Report of the Indian Hemp Drugs Commission, 1894-1895 - Volume VIII
Year: 1894
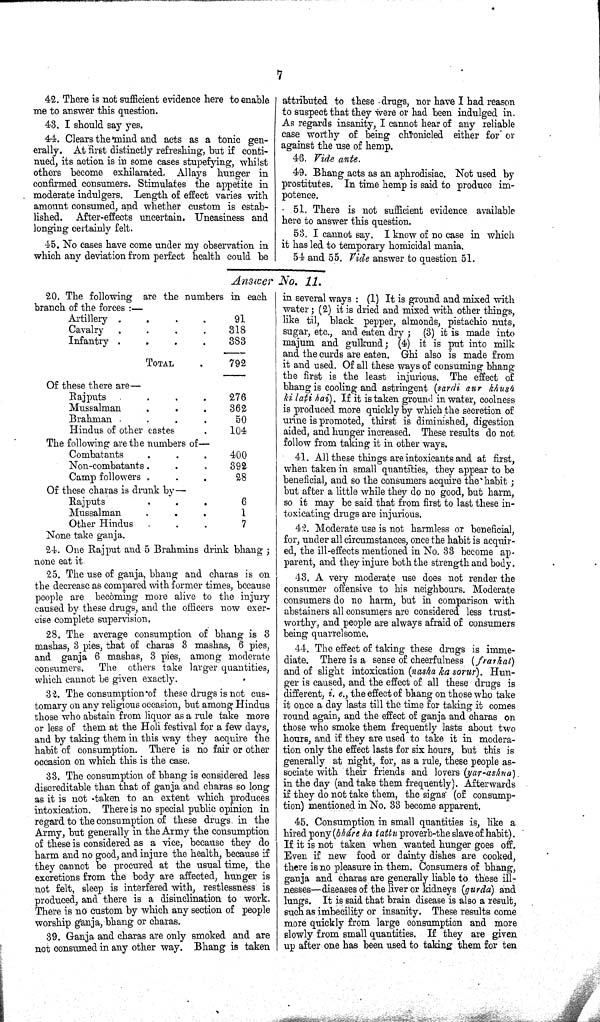
7
42. There is not sufficient evidence here to enable
me to answer this question.
43. I should say yes.
44. Clears the mind and acts as a tonic gen-
erally. At first distinctly refreshing, but if conti-
nued, its action is in some cases stupefying, whilst
others become exhilarated. Allays hunger in
confirmed consumers. Stimulates the appetite in
moderate indulgers. Length of effect varies with
amount consumed, and whether custom is estab-
lished. After-effects uncertain. Uneasiness and
longing certainly felt.
45. No cases have come under my observation in
which any deviation from perfect health could be
attributed to these drugs, nor have I had reason
to suspect that they were or had been indulged in.
As regards insanity, I cannot hear of any reliable
case worthy of being chronicled either for or
against the use of hemp.
46. Vide ante.
49. Bhang acts as an aphrodisiac. Not used by
prostitutes. In time hemp is said to produce im-
potence.
51. There is not sufficient evidence available
here to answer this question.
53. I cannot say. I know of no case in which
it has led to temporary homicidal mania.
54 and 55. Vide answer to question 51.
Answer No. 11.
20. The following are the numbers in each
branch of the forces :—
Artillery
91
Cavalry
318
Infantry
383
TOTAL
792
Of these there are—
Rajputs
276
Mussalman
362
Brahman
50
Hindus of other castes
104
The following are the numbers of—
Combatants
400
Non-combatants
392
Camp followers
28
Of these charas is drunk by—
Rajputs
6
Mussalman
1
Other Hindus
7
None take ganja.
24. One Rajput and 5 Brahmins drink bhang;
none eat it
25. The use of ganja, bhang and charas is on
the decrease as compared with former times, because
people are becoming more alive to the injury
caused by these drugs, and the officers now exer-
cise complete supervision.
28. The average consumption of bhang is 3
mashas, 3 pies, that of charas 3 mashas, 6 pies,
and ganja 6 mashas, 3 pies, among moderate
consumers. The others take larger quantities,
which cannot be given exactly.
32. The consumption of these drugs is not cus-
tomary on any religious occasion, but among Hindus
those who abstain from liquor as a rule take more
or less of them at the Holi festival for a few days,
and by taking them in this way they acquire the
habit of consumption. There is no fair or other
occasion on which this is the case.
33. The consumption of bhang is considered less
discreditable than that of ganja and charas so long
as it is not taken to an extent which produces
intoxication. There is no special public opinion in
regard to the consumption of these drugs in the
Army, but generally in the Army the consumption
of these is considered as a vice, because they do
harm and no good, and injure the health, because if
they cannot be procured at the usual time, the
excretions from the body are affected, hunger is
not felt, sleep is interfered with, restlessness is
produced, and there is a disinclination to work.
There is no custom by which any section of people
worship ganja, bhang or charas.
39. Ganja and charas are only smoked and are
not consumed in any other way. Bhang is taken
in several ways: (1) It is ground and mixed with
water; (2) it is dried and mixed with other things,
like til, black pepper, almonds, pistachio nuts,
sugar, etc., and eaten dry; (3) it is made into
majum and gulkund; (4) it is put into milk
and the curds are eaten. Ghi also is made from
it and used. Of all these ways of consuming bhang
the first is the least injurious. The effect of
bhang is cooling and astringent (sardi aur khush
ki lati hai). If it is taken ground in water, coolness
is produced more quickly by which the secretion of
urine is promoted, thirst is diminished, digestion
aided, and hunger increased. These results do not
follow from taking it in other ways.
41. All these things are intoxicants and at first,
when taken in small quantities, they appear to be
beneficial, and so the consumers acquire the habit;
but after a little while they do no good, but harm,
so it may be said that from first to last these in-
toxicating drugs are injurious.
42. Moderate use is not harmless or beneficial,
for, under all circumstances, once the habit is acquir-
ed, the ill-effects mentioned in No. 33 become ap-
parent, and they injure both the strength and body.
43. A very moderate use does not render the
consumer offensive to his neighbours. Moderate
consumers do no harm, but in comparison with
abstainers all consumers are considered less trust-
worthy, and people are always afraid of consumers
being quarrelsome.
44. The effect of taking these drugs is imme-
diate. There is a sense of cheerfulness (frarhat)
and of slight intoxication (nasha ka sorur). Hun-
ger is caused, and the effect of all these drugs is
different, i. e., the effect of bhang on those who take
it once a day lasts till the time for taking it comes
round again, and the effect of ganja and charas on
those who smoke them frequently lasts about two
hours, and if they are used to take it in modera-
tion only the effect lasts for six hours, but this is
generally at night, for, as a rule, these people as-
sociate with their friends and lovers (yar-ashna)
in the day (and take them frequently). Afterwards
if they do not take them, the signs (of consump-
tion) mentioned in No. 33 become apparent.
45. Consumption in small quantities is, like a
hired pony (bháre ka tattu proverb-the slave of habit).
If it is not taken when wanted hunger goes off.
Even if new food or dainty dishes are cooked,
there is no pleasure in them. Consumers of bhang,
ganja and charas are generally liable to these ill-
nesses-diseases of the liver or kidneys (gurda) and
lungs. It is said that brain disease is also a result,
such as imbecility or insanity. These results come
more quickly from large consumption and more
slowly from small quantities. If they are given
up after one has been used to taking them for ten